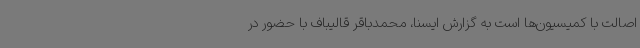
اصالت با کمیسیون‌ها است به گزارش ایسنا، محمدباقر قالیباف با حضور در